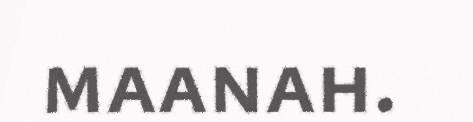
maanah.